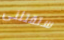
ستقتلنى